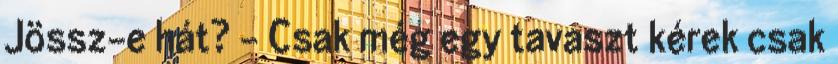
Jössz-e hát? - Csak még egy tavaszt kérek csak